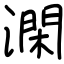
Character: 澖